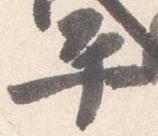
平